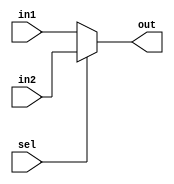
`timescale 1ns / 1ps

/*
	@brief: 2 to one mux that takes 1-bit inputs and 1 bit select
*/
module mux2_1(out,in1,in2,sel);
	output out;
	input in1,in2;
	input sel;
	
	assign out = sel==0? in1:in2;

endmodule